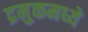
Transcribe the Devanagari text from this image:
द्रमुकमध्ये